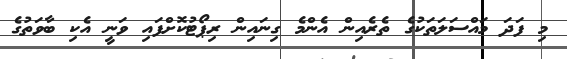
މި ފަދަ މައްސަލަތަކުގެ ތެރެއިން އެންމެ ގިނައިން ރިޕޯޓުކޮށްފައި ވަނީ އެކި ބާވަތުގެ